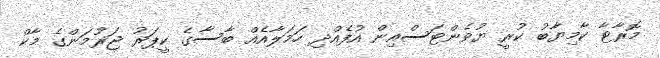
މޮރާޓާ ކާމިޔާބު ކުރީ ޔުވެންޓަސްއިން އުފެއްދި ހަމަލާއެއް ބާސާގެ ކީޕަރު ޖަރުމަންގެ މާކް